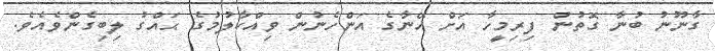
ގާނޫނު ބުނާ ގޮތުން ފިރިމީހާ އަށް އޭނާގެ އަންހެނުން ވިއްކާލުމުގެ ޙައްގު ލިބިގެންވެއެވެ.